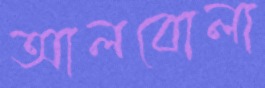
আলবোলা